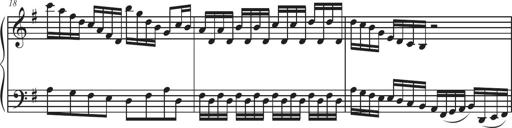
Title: Sonatina Espania
Composer: Jerald Franklin Archer
Key: Various